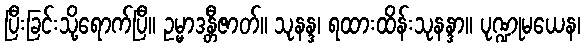
ပြီးခြင်းသို့ရောက်ပြီ။ ဥမ္မာဒန္တီဇာတ်။ သုနန္ဒ၊ ရထားထိန်းသုနန္ဒာ။ ပုဏ္ဍုမယေန၊